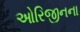
ઓરિજીનના